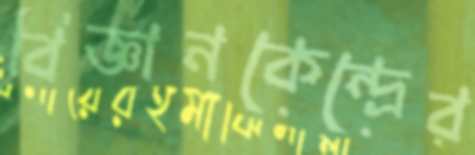
বিজ্ঞানকেন্দ্রের